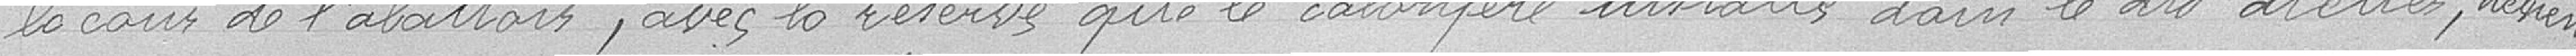
la cour de l'abattoir, avec la réserve que le calorifère installé dans le dit atelier, devienne également la propriété de la ville.